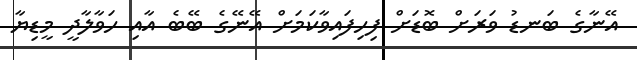
އޭނާގެ ބަނޑު ވަރަށް ބޮޑަަށް ފިހިފައިވާކަމަށް އޭނޭގެ ބޭބެ އާއި ހަވާލާދީ މީޑިޔާ